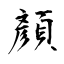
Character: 顏